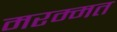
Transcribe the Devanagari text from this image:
मरम्मत